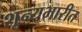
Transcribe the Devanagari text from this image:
शून्यभारीत